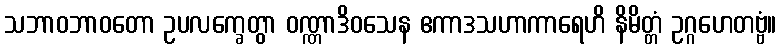
သဘာဝဘာဝတော ဥပလက္ခေတွာ ဝဏ္ဏာဒိဝသေန ဧကာဒသဟာကာရေဟိ နိမိတ္တံ ဥဂ္ဂဟေတဗ္ဗံ။